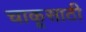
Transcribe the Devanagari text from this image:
चाकूसाठी